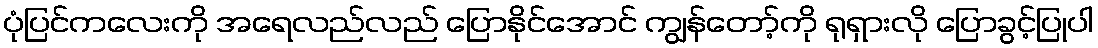
ပုံပြင်ကလေးကို အရေလည်လည် ပြောနိုင်အောင် ကျွန်တော့်ကို ရုရှားလို ပြောခွင့်ပြုပါ